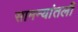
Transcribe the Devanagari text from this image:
सामन्यांतली